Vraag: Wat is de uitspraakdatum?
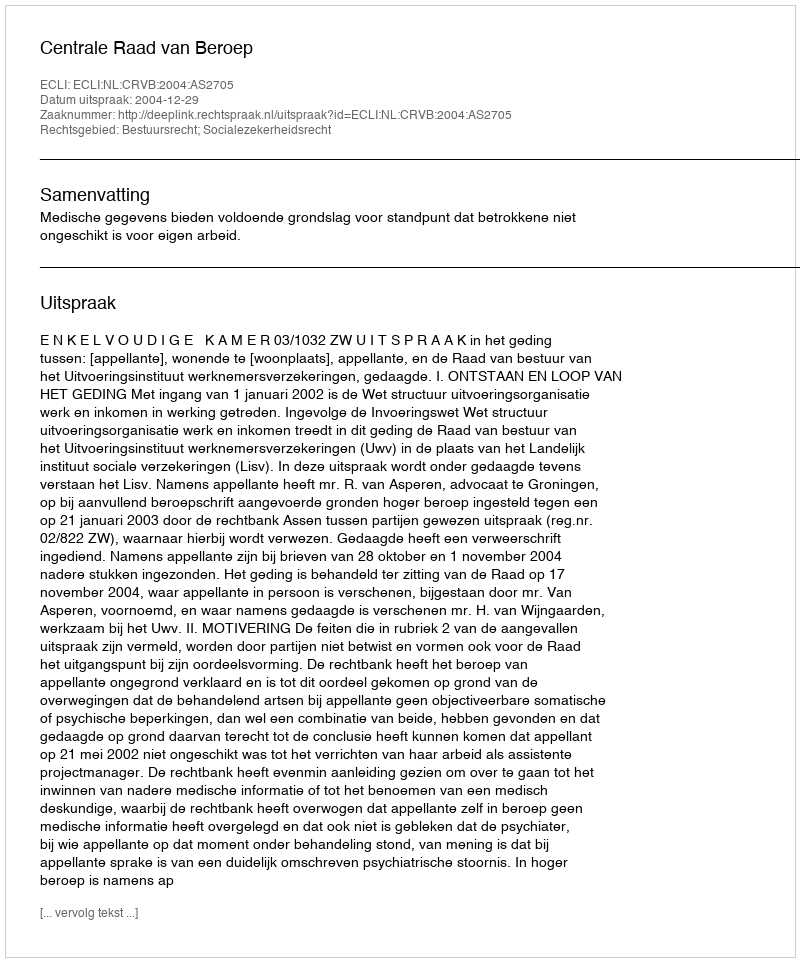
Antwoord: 2004-12-29